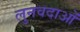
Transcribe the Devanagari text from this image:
लुनवदाओं